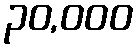
၃၀,၀၀၀